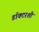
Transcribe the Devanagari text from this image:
डॉक्टरशी